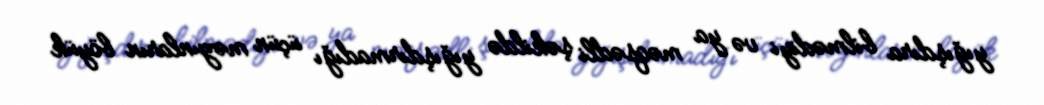
yığışdıra bilmədiyi və ya məqsədli şəkildə yığışdırmadığı üçün məzunların böyük